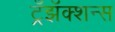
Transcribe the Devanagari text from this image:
ट्रँझॅक्शन्स